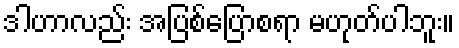
ဒါဟာလည်း အပြစ်ပြောစရာ မဟုတ်ပါဘူး။